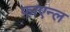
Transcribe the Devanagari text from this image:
फाएन्ल